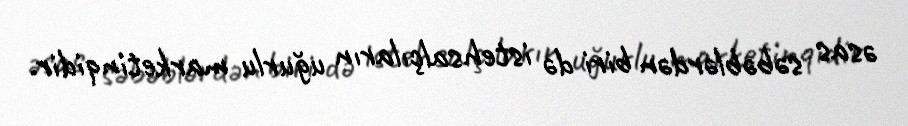
əsas səbəblərdən biri də istehsalçıların uğurlu marketinqidir.